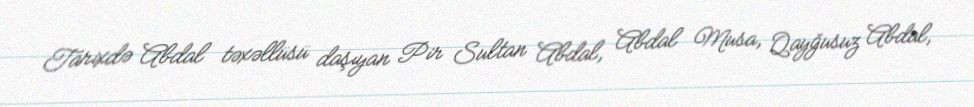
Tarixdə Abdal təxəllüsü daşıyan Pir Sultan Abdal, Abdal Musa, Qayğusuz Abdal,